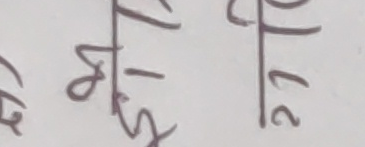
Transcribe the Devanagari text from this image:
५ ०/५ ७/२